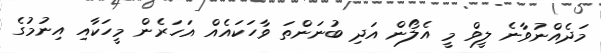
މަދެއްނުވާނެ ލީވް މީ އެލޯން އަދި ބުނަންތަ ވާހަކައެއް އަހަރެން މީހަކާއި އިނުމުގެ